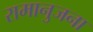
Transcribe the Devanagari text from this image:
रामानुजना